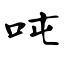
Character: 吨